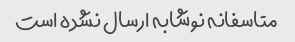
متاسفانه نوشابه ارسال نشده است